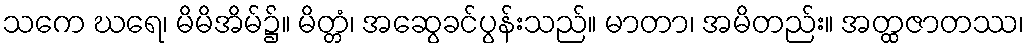
သကေ ဃရေ၊ မိမိအိမ်၌။ မိတ္တံ၊ အဆွေခင်ပွန်းသည်။ မာတာ၊ အမိတည်း။ အတ္ထဇာတဿ၊